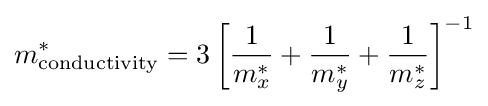
m_{\text{conductivity}}^{*}=3\left[{\frac {1}{m_{x}^{*}}}+{\frac {1}{m_{y}^{*}}}+{\frac {1}{m_{z}^{*}}}\right]^{-1}